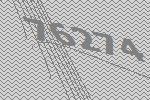
76274